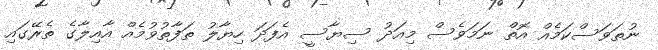
ނުތަވަސްކަމެއް އޮތް ނަމަވެސް މިއަދު ސިޔާސީ އެފަދަ ހިޔާލު ތަފާތުވުމެއް އާއިލާގެ ތެރޭގައި